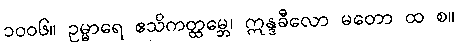
၁၀၀၆။ ဥမ္မာရေ ဧသိကတ္ထမ္ဘေ၊ ဣန္ဒခီလော မတော ထ စ။